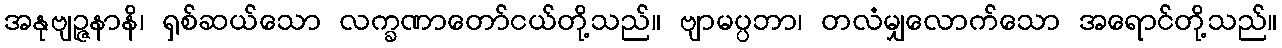
အနုဗျဉ္ဇနာနိ၊ ရှစ်ဆယ်သော လက္ခဏာတော်ငယ်တို့သည်။ ဗျာမပ္ပဘာ၊ တလံမျှလောက်သော အရောင်တို့သည်။